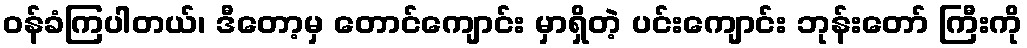
ဝန်ခံကြပါတယ်၊ ဒီတော့မှ တောင်ကျောင်း မှာရှိတဲ့ ပင်းကျောင်း ဘုန်းတော် ကြီးကို